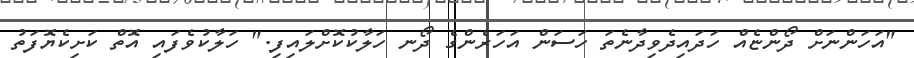
"އަހަންނަށް ދޯންޏެއް ހަދައިދެވިދާނެތަ ހަސަން އަހަރެންގެ ދޯނ ހަލާކުކޮށްލައިފި." ހަލާކުވެފައި އޮތް ކަށިކެޔޮފަތު